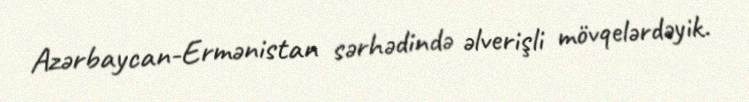
Azərbaycan-Ermənistan sərhədində əlverişli mövqelərdəyik.